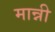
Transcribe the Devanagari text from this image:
मान्नी